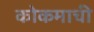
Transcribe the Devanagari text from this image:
कोकमाची